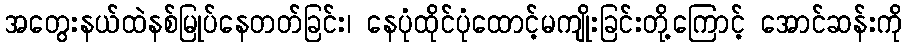
အတွေးနယ်ထဲနစ်မြုပ်နေတတ်ခြင်း၊ နေပုံထိုင်ပုံထောင့်မကျိုးခြင်းတို့ကြောင့် အောင်ဆန်းကို